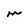
Character: m